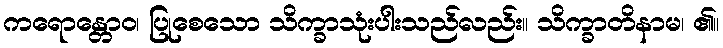
ကရောန္တောဝ၊ ပြုစေသော သိက္ခာသုံးပါးသည်လည်း။ သိက္ခာတိနာမ၊ ၏။